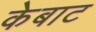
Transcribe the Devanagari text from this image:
केबाट